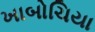
ખાબોચિયા